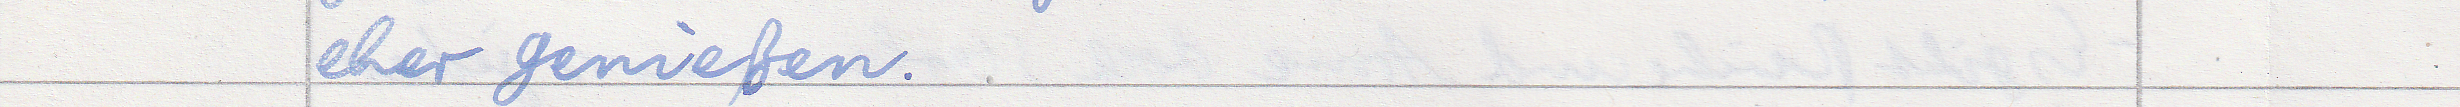
eher genießen.